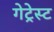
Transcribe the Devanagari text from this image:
गेट्रेस्ट